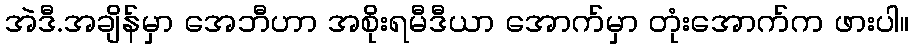
အဲဒီ.အချိန်မှာ အေဘီဟာ အစိုးရမီဒီယာ အောက်မှာ တုံးအောက်က ဖားပါ။